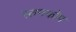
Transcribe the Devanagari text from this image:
स्तनकोप